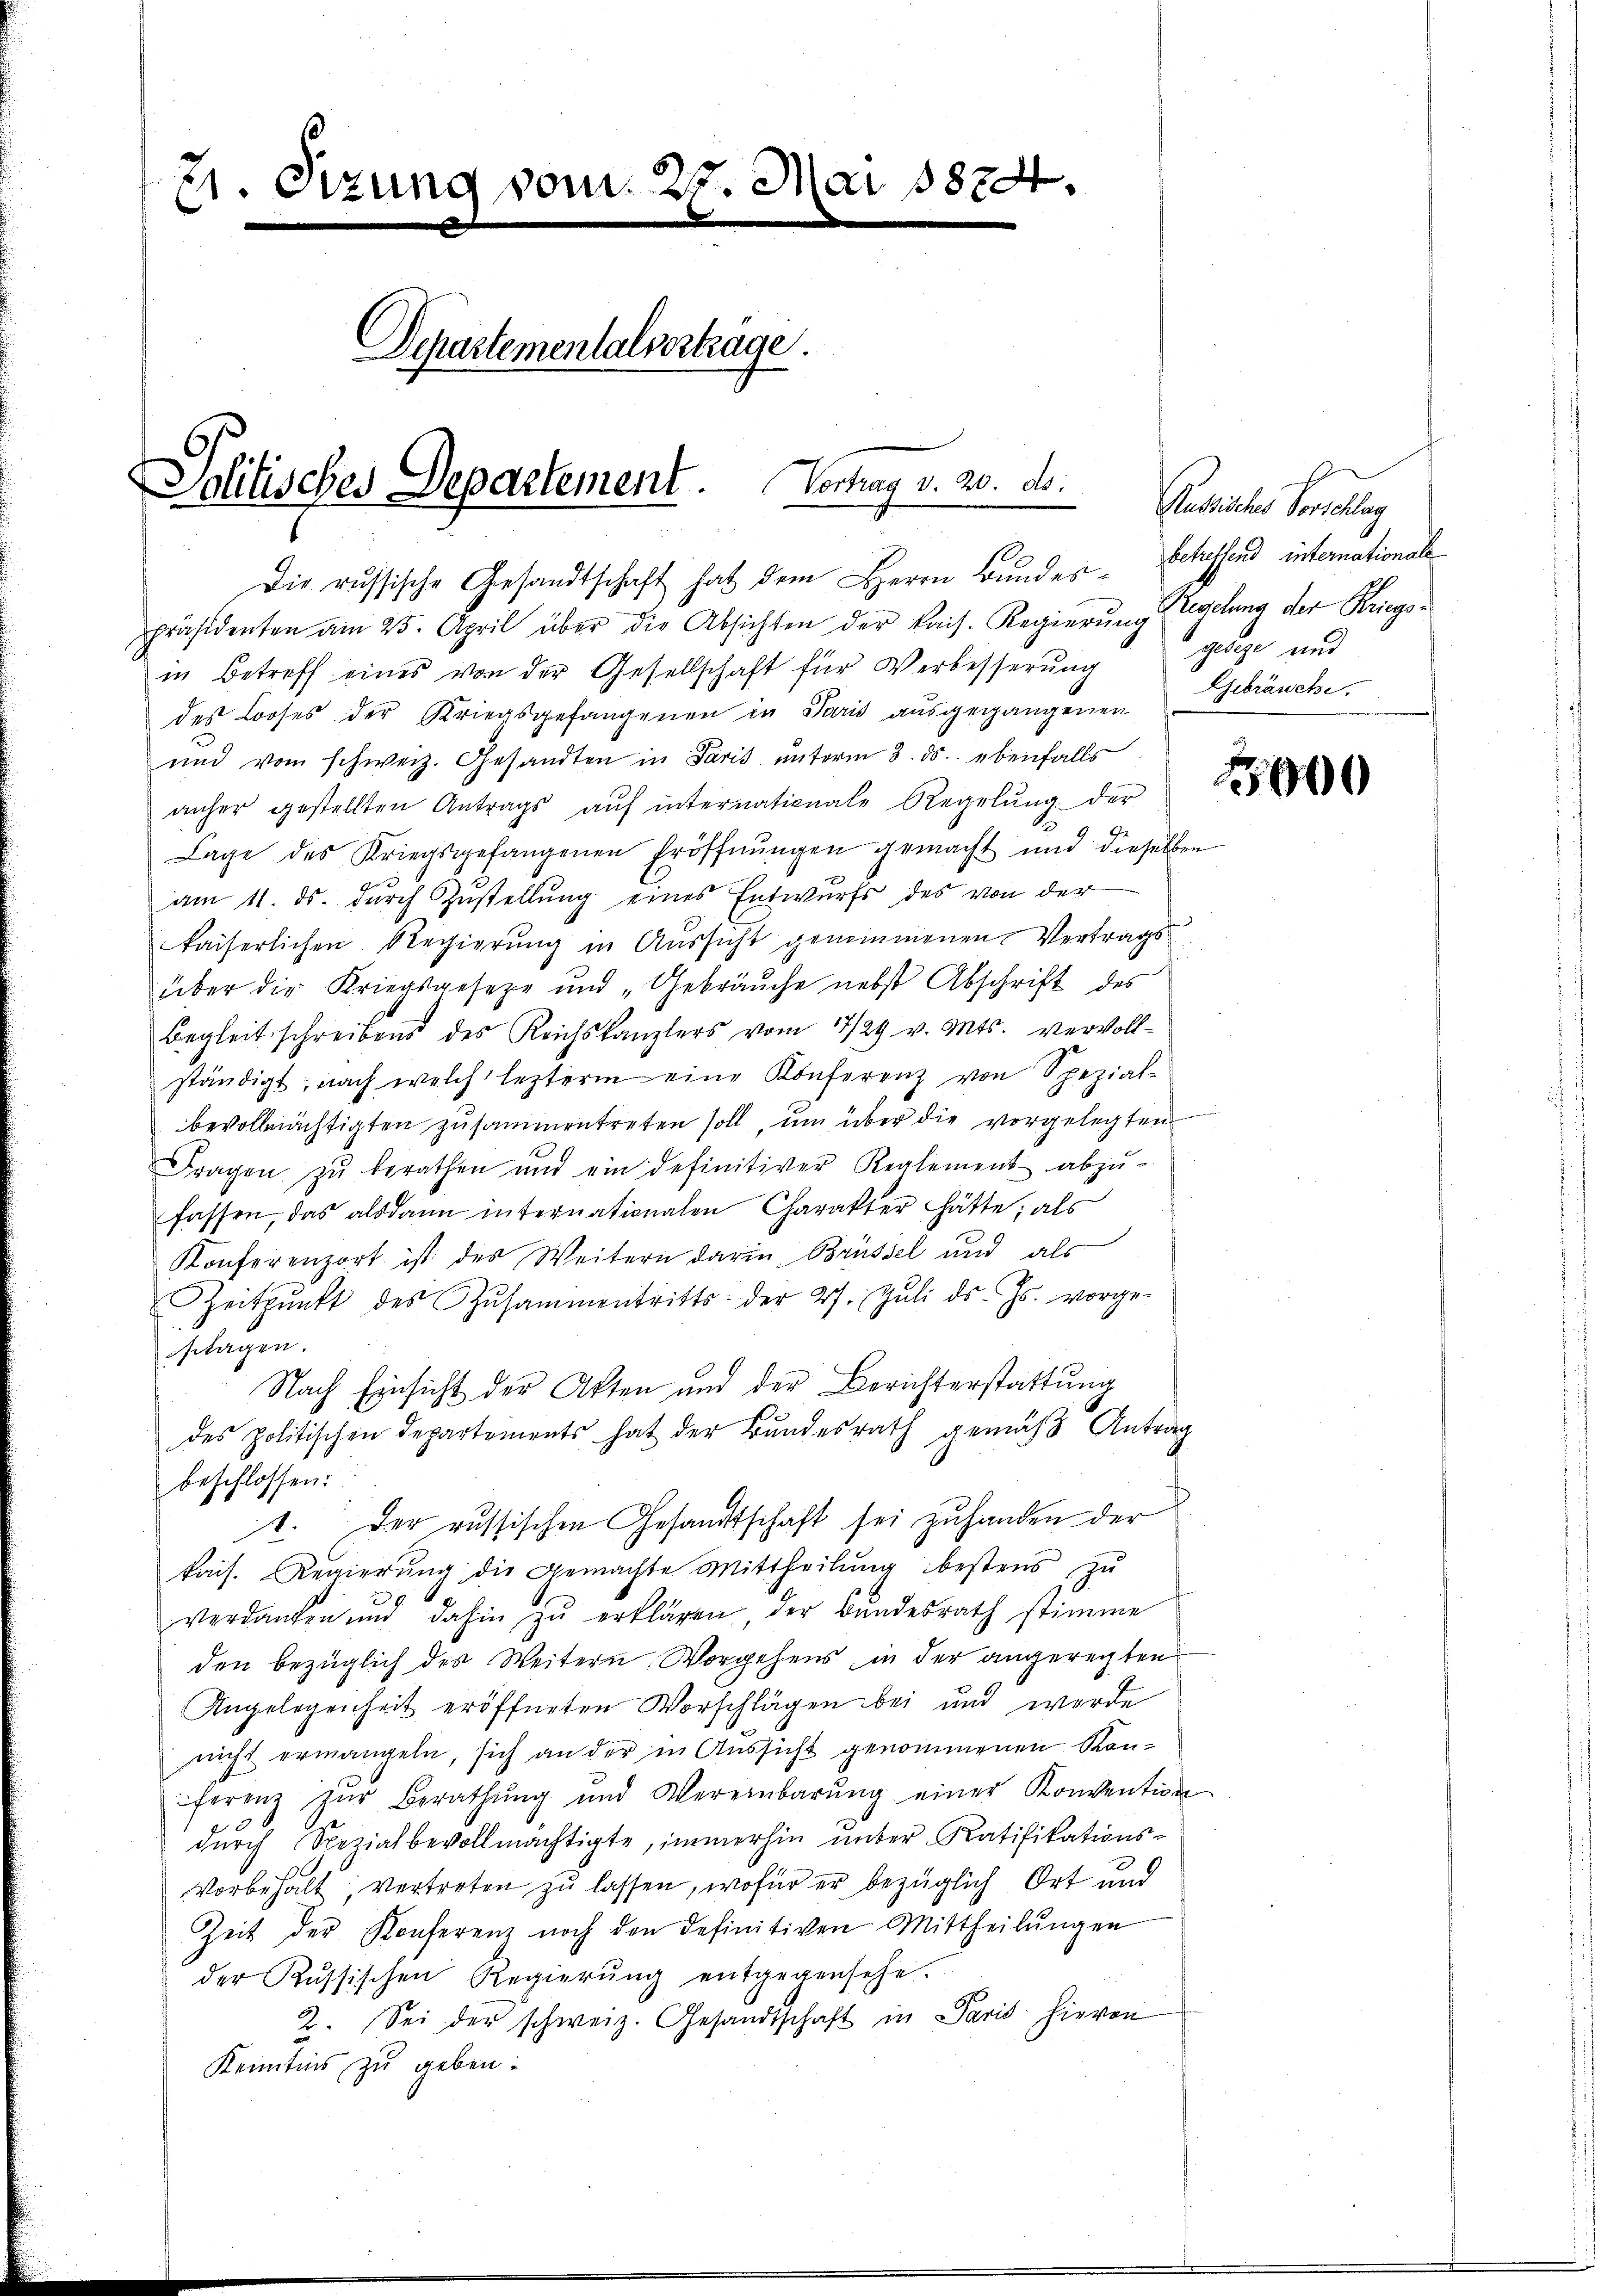
21 Sizung vom 25. Mai 1874.
n
Departementalvertrage.
Politisches Departement. Vortrag v. 20. d.

Die russische Gesandtschaft hat dem Herrn Bundes behaffend internationale
präsidenten am 25. April über die Absichten der kais. Regierung regelung der Kriegsin Betreff eines von der Gesellschaft für Verbesserŭng geseze und
des Looses der Kriegsgefangenen in Paris ausgegangenen
und vom schweiz. Gesandten in Paris ŭnterm 3. ds. ebenfalls
anher gestellten Antrags aŭf internationale Regelŭng der
6
Lage des Kriegsgefangenen Eröffnŭngen gemacht und dieselben
am 11. ds. durch Zustellung eines Entwurfs des von der
kaiserlichen Regierung in Aussicht genommenen Vertragsüber die Kriegsgesetze und „Gebräuche nebst Abschrift des
Begleit schreibens des Reichskanzlers vom 17/29 v. Mts. vervoll-
ständigt; nach welch lezterm eine Konferenz von Spezial-
bevollmächtigten zusammentreten soll, um über die vorgelegten
Fragen zŭ berathen und ein definitiver Reglement abzŭ-
fassen, das alsdann internationalen Charakter hätte; als
Konferenzort ist des Weitern darin, Brüssel und als
Zeitpunkt des Zŭsammentritts- der 27. Jŭli d. Js. vorge-
sttagen.
Nach Einsicht der Akten und der Berichterstattung
des politischen Departements hat der Bundesrath gemäß Antrag
beschlossen:
1. Der russischen Gesandtschaft sei zuhanden der
kais. Regierŭng die gemachte Mittheilŭng bestens zŭ
verdanken und dahin zŭ erklären, der Bŭndesrath stimme
den bezüglich des Weitern Vorgehens, in der angerechten
Angelegenheit eröffneten Vorschlägen bei und werde
nicht ermangeln, sich an der in Aussicht genommenen Konferenz zŭr Berathŭng und Vereinbarŭng einer Konvention
dŭrch Spezialbevollmächtigte, immerhin ŭnter Ratifikations-
Vorbehalt, vertreten zu lassen, wofür er bezüglich Ort und
Zeit der Konferenz noch den definitiven Mittheilŭngen
der Russischen Regierŭng entgegensehe.
2. Sei der schweiz. Gesandtschaft in Paris hievon
Kenntnis zu geben.

Austrisches Vorschlag
Gebräuche.

1000